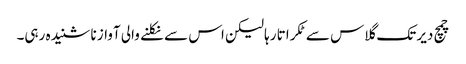
چمچ دیر تک گلاس سے ٹکراتا رہا لیکن اس سے نکلنے والی آواز نا شنیدہ رہی۔